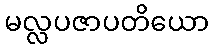
မလ္လပဇာပတိယော